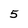
Character: 5